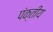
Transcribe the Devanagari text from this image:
पंक्तीय